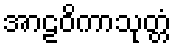
အာဠဝိကာသုတ္တံ